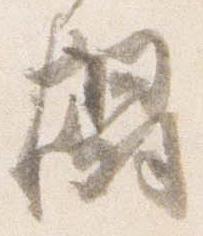
榻